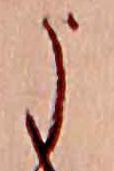
う